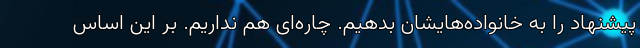
پیشنهاد را به خانواده‌هایشان بدهیم. چاره‌ای هم نداریم. بر این اساس